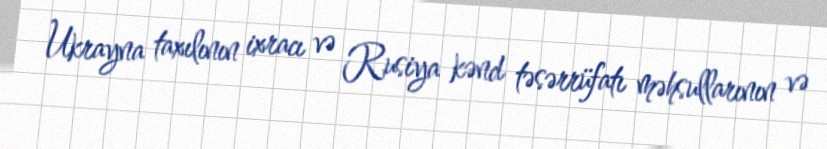
Ukrayna taxılının ixracı və Rusiya kənd təsərrüfatı məhsullarının və